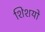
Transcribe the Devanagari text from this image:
शिशयो